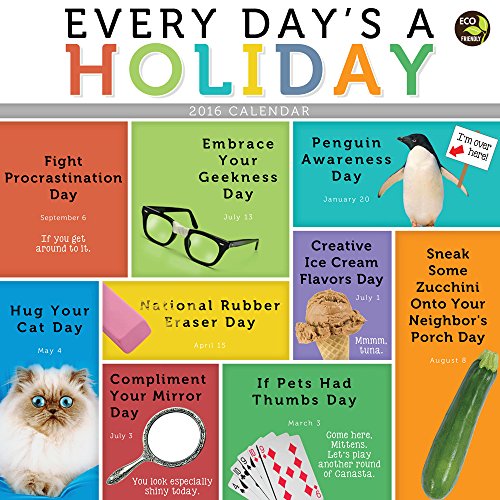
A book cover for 2016 Every Days A Holiday Wall Calendar; TF Publishing; Calendars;